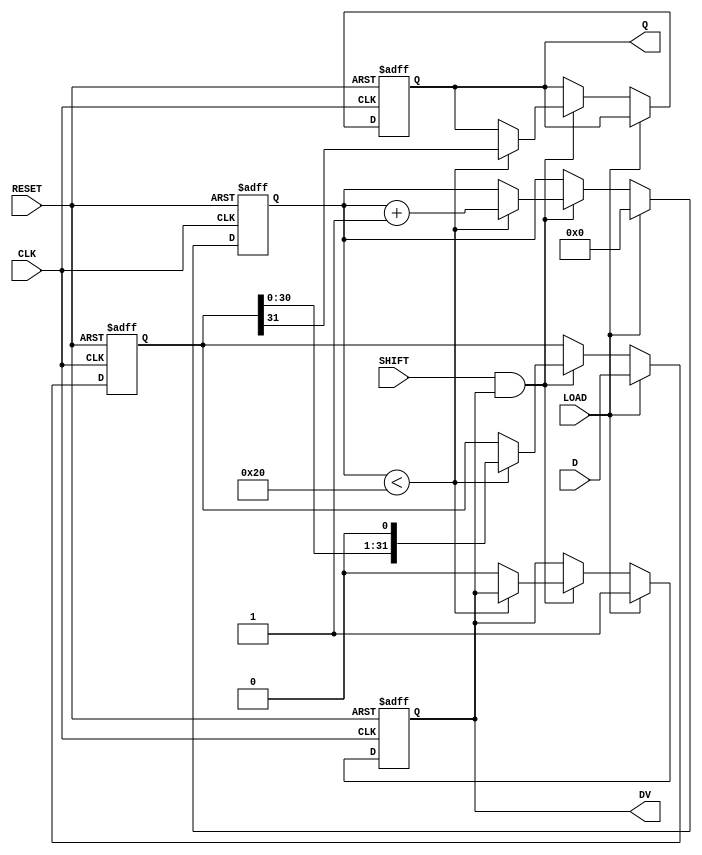
module PISO_Register (
    input wire [31:0] D,      // 32-bit data input
    input wire LOAD,          // Load control signal
    input wire SHIFT,         // Shift control signal
    input wire CLK,           // Clock signal
    input wire RESET,         // Asynchronous reset signal
    output reg Q,             // Serial output
    output reg DV             // Data valid signal
);

    reg [31:0] shift_reg;     // Internal shift register
    reg [5:0] bit_count;      // Counter for the number of bits shifted out

    always @(posedge CLK or posedge RESET) begin
        if (RESET) begin
            shift_reg <= 32'b0; // Clear the shift register
            Q <= 1'b0;          // Clear the serial output
            DV <= 1'b0;         // Clear data valid signal
            bit_count <= 6'b0;  // Reset bit counter
        end else begin
            if (LOAD) begin
                shift_reg <= D;  // Load data into the shift register
                DV <= 1'b1;       // Set data valid signal
                bit_count <= 6'b0; // Reset bit counter
            end else if (SHIFT && DV) begin
                if (bit_count < 32) begin
                    Q <= shift_reg[31]; // Output the MSB
                    shift_reg <= {shift_reg[30:0], 1'b0}; // Shift left
                    bit_count <= bit_count + 1; // Increment bit counter
                end else begin
                    DV <= 1'b0; // Clear data valid signal after all bits are shifted
                end
            end
        end
    end

endmodule